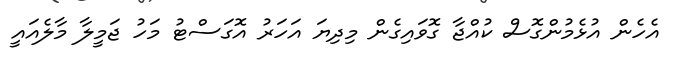
އެހެން އުޅެމުންގޮސް ކުއްޖާ ގޮވައިގެން މިދިޔަ އަހަރު އޮގަސްޓު މަހު ޖަމީލާ މާލެއައީ